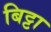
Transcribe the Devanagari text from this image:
बिट्टा